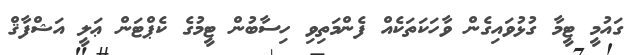
ގައުމީ ޓީމާ ގުޅުވައިގެން ވާހަކަތަކެއް ފެންމަތިވި ހިސާބުން ޓީމުގެ ކެޕްޓަން ޢަލީ އަޝްފާޤް